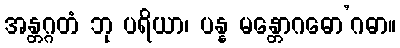
အန္တဂ္ဂတံ ဘု ပရိယာ၊ ပန္န မန္တောဂဓော’ဂဓာ။